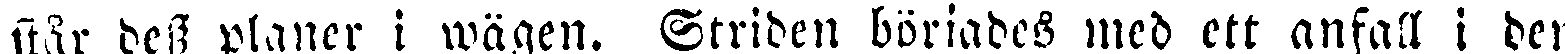
står dess planer i wägen. Striden börjades med ett anfall i den